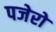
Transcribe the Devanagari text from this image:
पजेरो